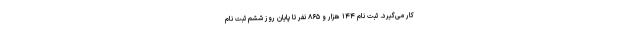
کار می‌گیرد. ثبت نام ۱۴۴ هزار و ۸۶۵ نفر تا پایان روز ششم ثبت نام